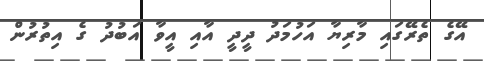
އޭގެ ތެރޭގައި މާރިޔާ އަހުމަދު ދީދީ އާއި އީވާ އަބުދު ގެ އިތުރުން